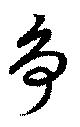
爭